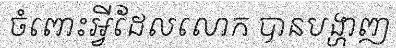
ចំពោះអ្វីដែលលោក បានបង្ហាញ